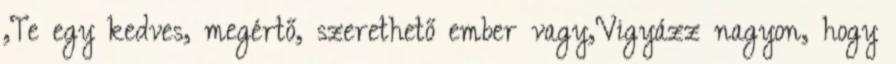
,Te egy kedves, megértő, szerethető ember vagy,Vigyázz nagyon, hogy